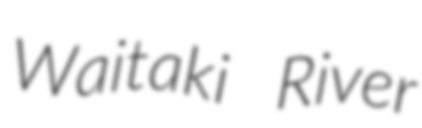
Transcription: Waitaki River